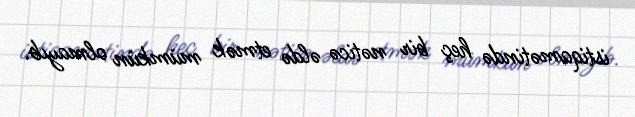
istiqamətində heç bir nəticə əldə etmək mümkün olmayıb.